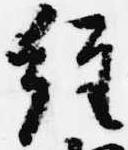
経